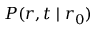
P ( r , t \mid r _ { 0 } )